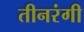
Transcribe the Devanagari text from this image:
तीनरंगी